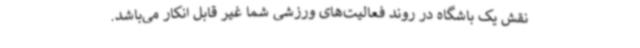
نقش یک باشگاه در روند فعالیت‌های ورزشی شما غیر قابل انکار می‌باشد.